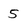
Character: 5